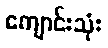
ကျောင်းသုံး